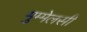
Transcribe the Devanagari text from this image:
मुम्मेलसी